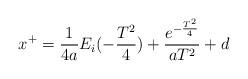
LaTeX: \begin{align*}x^+ = \frac{1}{4a} E_i (-\frac{T^2}{4}) + \frac{e^{-\frac{T^2}{4} }} {a T^2 } +d \end{align*}